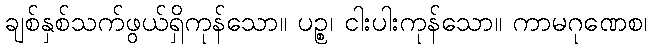
ချစ်နှစ်သက်ဖွယ်ရှိကုန်သော။ ပဉ္စ၊ ငါးပါးကုန်သော။ ကာမဂုဏေစ၊